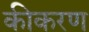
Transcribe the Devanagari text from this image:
कीकरण